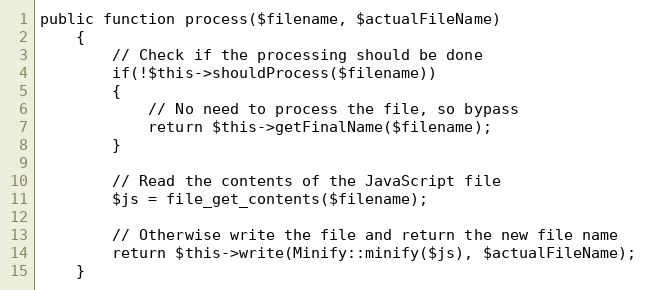
Language: PHP
public function process($filename, $actualFileName)
    {
        // Check if the processing should be done
        if(!$this->shouldProcess($filename))
        {
            // No need to process the file, so bypass
            return $this->getFinalName($filename);
        }

        // Read the contents of the JavaScript file
        $js = file_get_contents($filename);

        // Otherwise write the file and return the new file name
        return $this->write(Minify::minify($js), $actualFileName);
    }